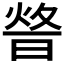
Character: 𤉴